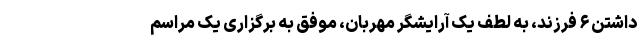
داشتن ۶ فرزند، به لطف یک آرایشگر مهربان، موفق به برگزاری یک مراسم